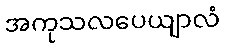
အကုသလပေယျာလံ